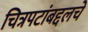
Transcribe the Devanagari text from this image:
चित्रपटांबद्दलचे